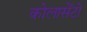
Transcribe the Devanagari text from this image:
कोलासेंटो